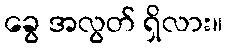
ခွေ အလွတ် ရှိလား။